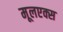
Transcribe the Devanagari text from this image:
मूलएक्स